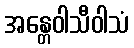
အန္တေဝါသီဝါသံ